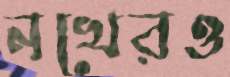
নখেরও